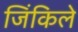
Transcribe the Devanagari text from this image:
जिंकिले